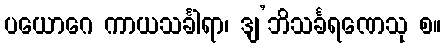
ပယောဂေ ကာယသင်္ခါရာ၊ ဒျ’ဘိသင်္ခရဏေသု စ။